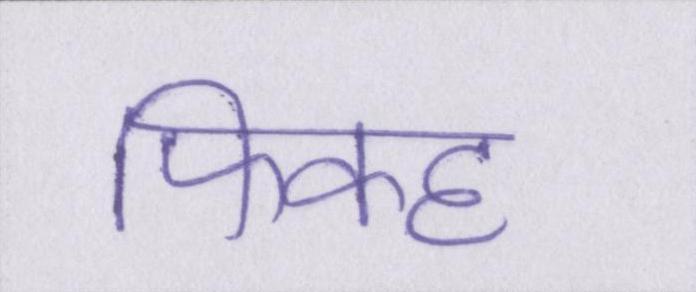
फिक्ह